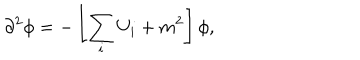
\partial ^ { 2 } \phi = - \left[ \sum _ { i } U _ { i } + m ^ { 2 } \right] \phi ,